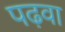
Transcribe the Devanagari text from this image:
पढ़वा